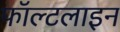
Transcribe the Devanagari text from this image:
फॉल्टलाइन